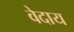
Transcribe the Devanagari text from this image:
वेदाय